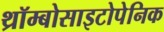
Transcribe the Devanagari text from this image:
थ्रॉम्बोसाइटोपेनिक